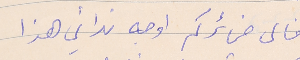
فالى ضمائركم اوجه ندائي هذا